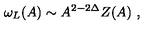
\omega _ { L } ( A ) \sim A ^ { 2 - 2 \Delta } Z ( A ) \ ,